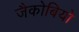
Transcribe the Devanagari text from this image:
जैकोबियो